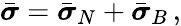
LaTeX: \bar{\boldsymbol{\sigma}}=\bar{\boldsymbol{\sigma}}_{N}+\bar{\boldsymbol{\sigma}}_{B}\, ,